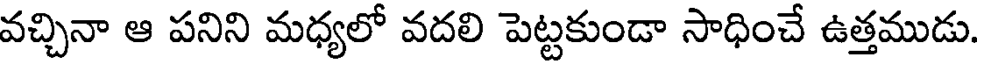
వచ్చినా ఆ పనిని మధ్యలో వదలి పెట్టకుండా సాధించే ఉత్తముడు.